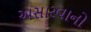
અસારવાનો